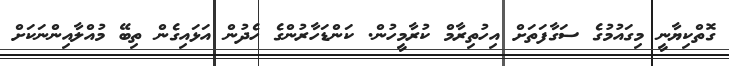
ގޮތްކިޔާނީ މިގައުމުގެ ސަގާފަތަށް އިހުތިރާމް ކުރާމީހުން. ކަންޑަހާރުންގެ ހެދުން އަޅައިގެން ތިބޭ މުއްލާއިންނަކަށް